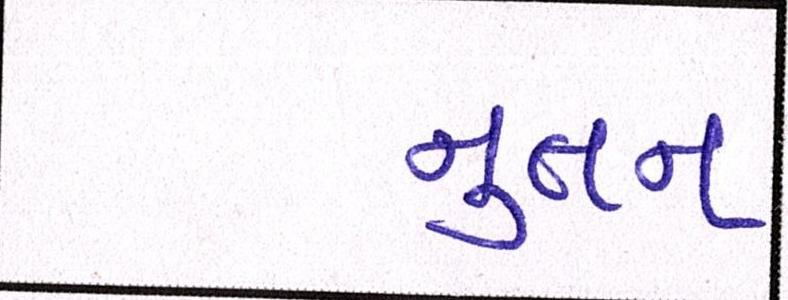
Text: નુતન